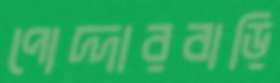
পোদ্দারবাড়ি